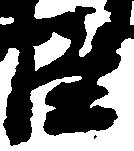
臣